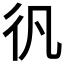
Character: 𱝬